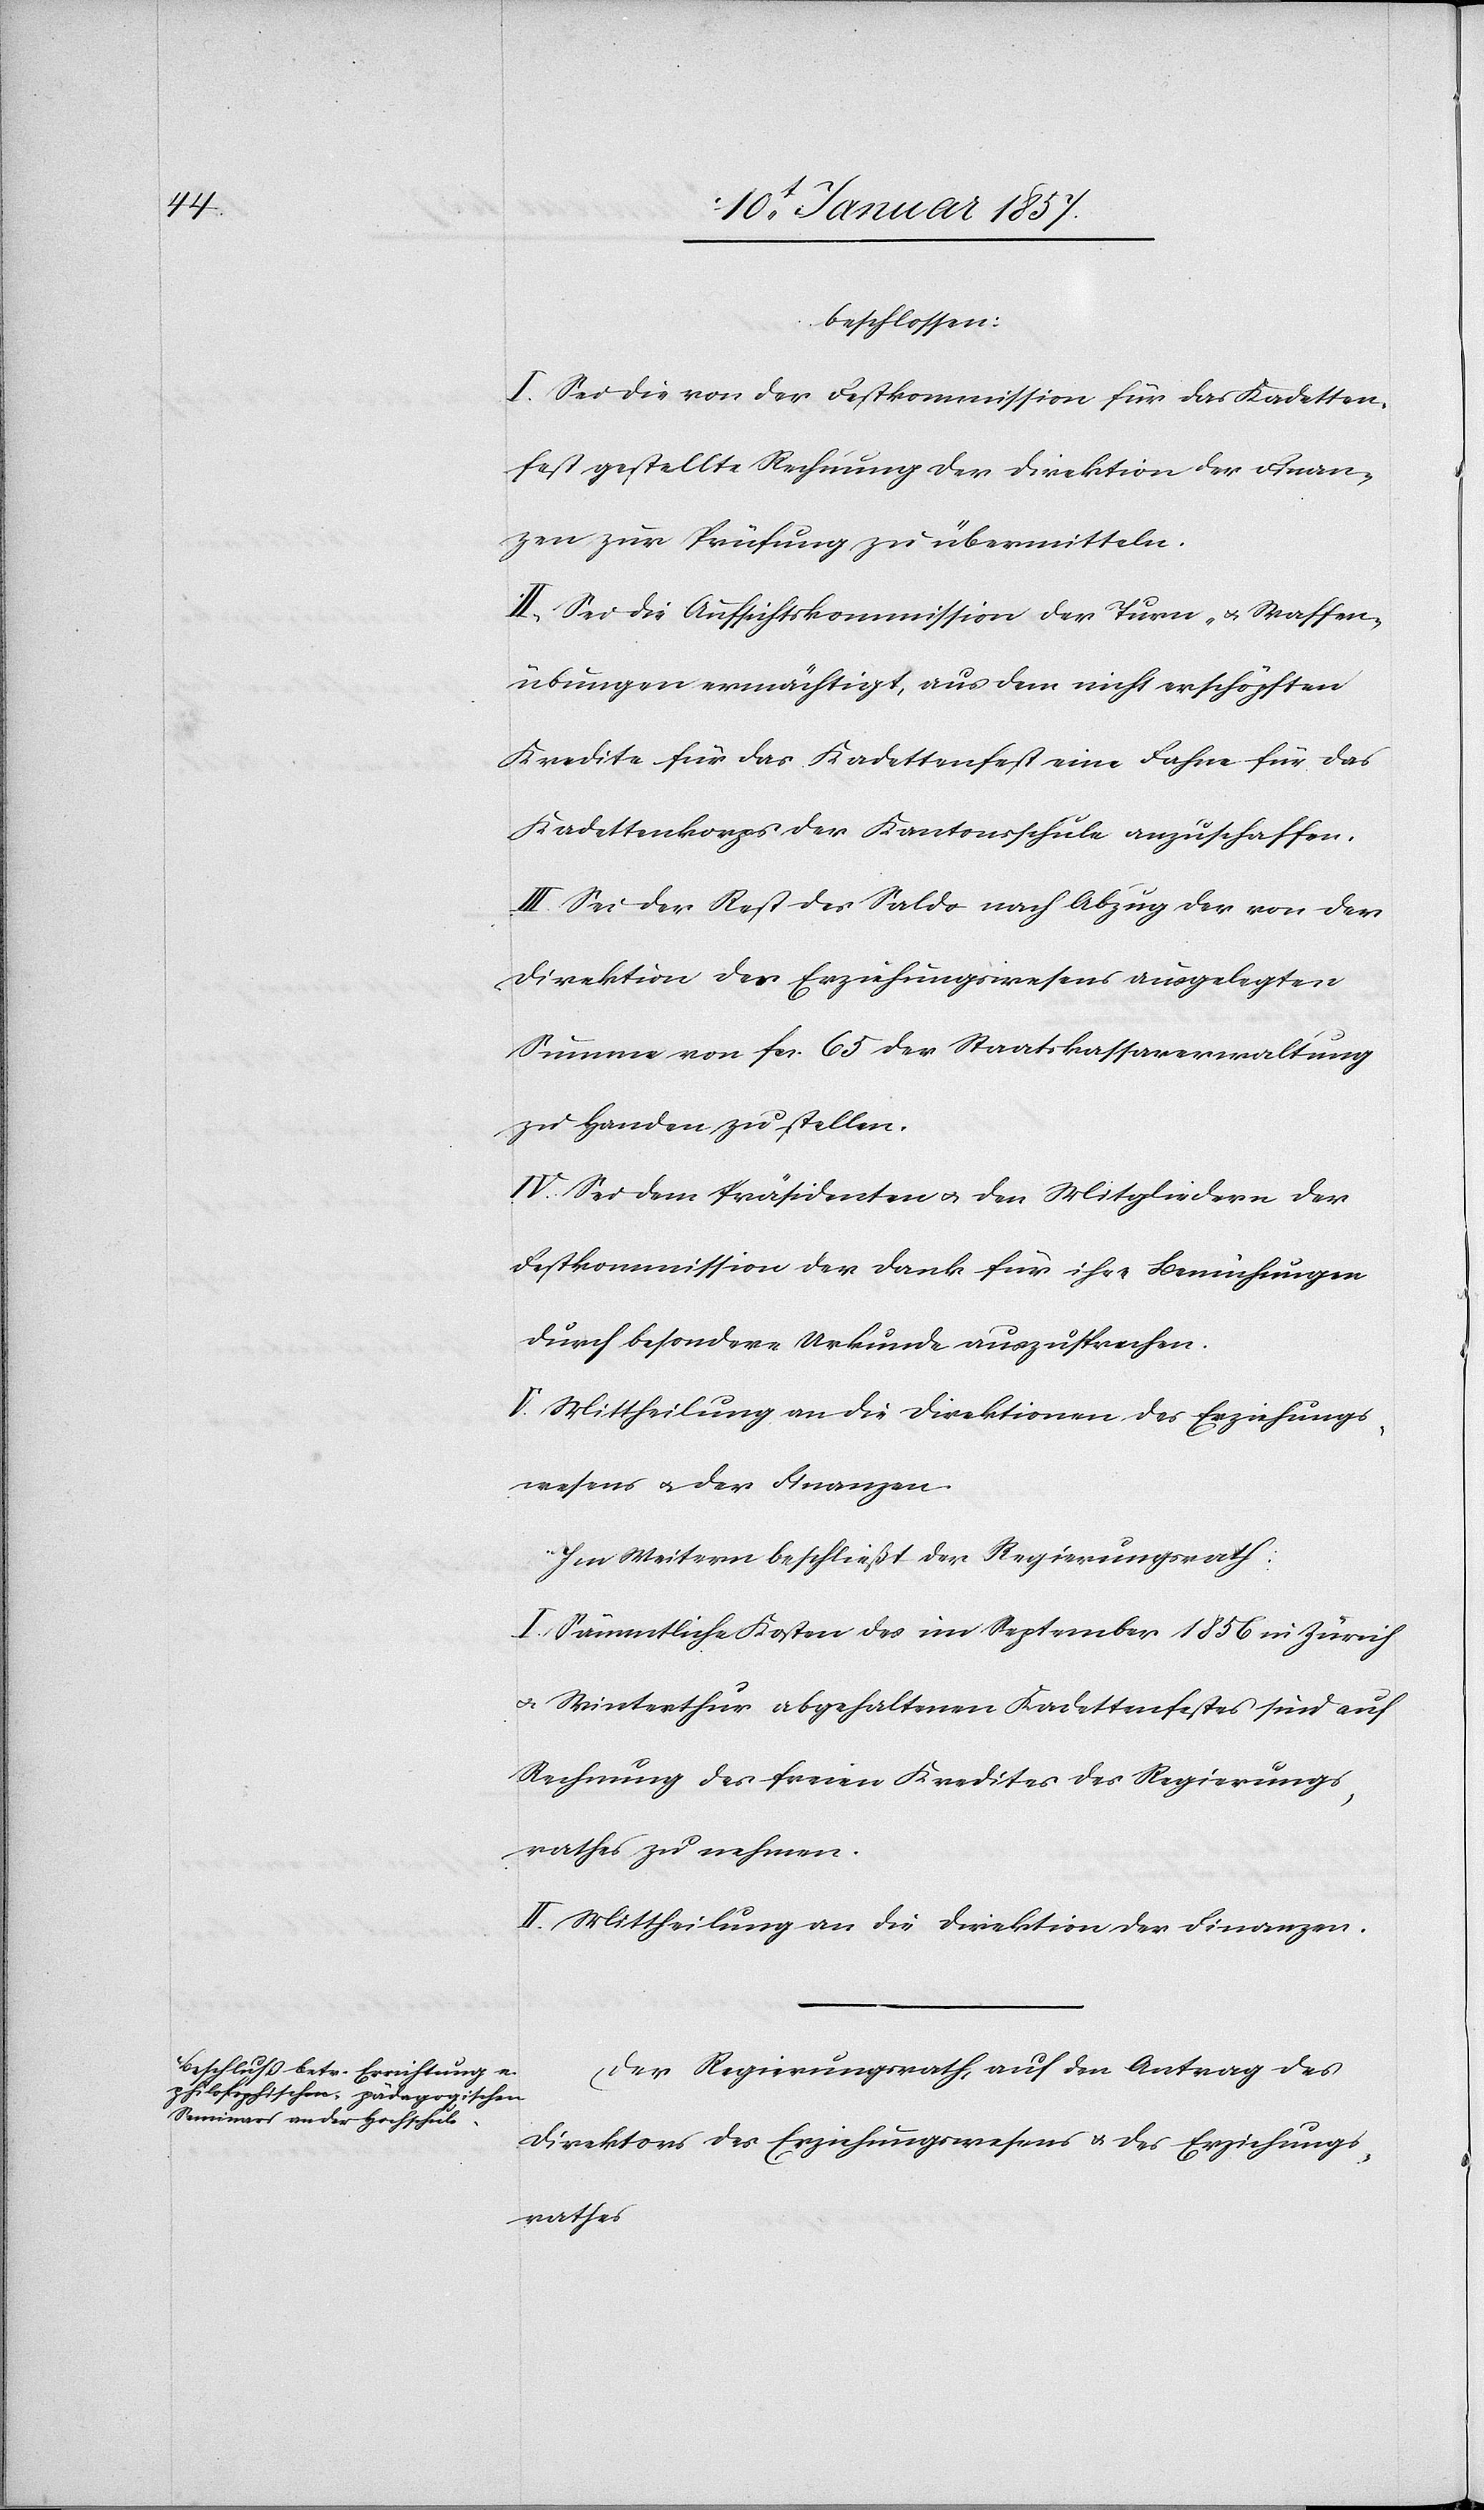
beschlossen:
I. Sei die von der Festkommission für das Kadetten¬
fest gestellte Rechnung der Direktion der Finan¬
zen zur Prüfung zu übermitteln.
II. Sei die Aufsichtskommission der Turn- & Waffen¬
übungen ermächtigt, aus dem nicht erschöpften
Kredite für das Kadettenfest eine Fahne für das
Kadettenkorps der Kantonsschule anzuschaffen.
III. Sei der Rest des Saldo nach Abzug der von der
Direktion des Erziehungswesens ausgelegten
Summe von fcs. 65 der Staatskassaverwaltung
zu Handen zu stellen.
IV. Sei dem Präsidenten & den Mitgliedern der
Festkommission der Dank für ihre Bemühungen
durch besondere Urkunde auszusprechen.
V. Mittheilung an die Direktion des Erziehungs¬
wesens u. der Finanzen.
Im Weiteren beschließt der Regierungsrath:
I. Sämmtliche Kosten des im September 1856 in Zürich
u. Winterthur abgehaltenen Kadettenfestes sind auf
Rechnung des freien Kredites des Regierungs¬
rathes zu nehmen.
II. Mittheilung an die Direktion der Finanzen.
Der Regierungsrath, auf den Antrag des
Direktors des Erziehungswesens & des Erziehungs¬
rathes